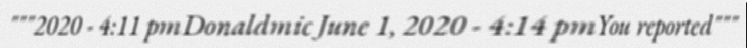
"""2020 - 4:11 pmDonaldmic June 1, 2020 - 4:14 pmYou reported"""